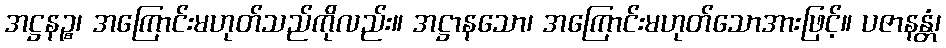
အဋ္ဌနဉ္စ၊ အကြောင်းမဟုတ်သည်ကိုလည်း။ အဋ္ဌာနသော၊ အကြောင်းမဟုတ်သောအားဖြင့်။ ပဇာနန္တံ၊